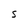
Character: S